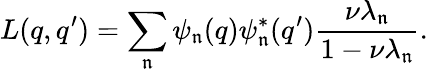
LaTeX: L(q,q^{\prime})=\sum_{\mathfrak{n}}\psi_{\mathfrak{n}}(q)\psi_{\mathfrak{n}}^{*}(q^{\prime})\frac{{\nu\lambda_{\mathfrak{n}}}}{{1-\nu\lambda_{\mathfrak{n}}}}.